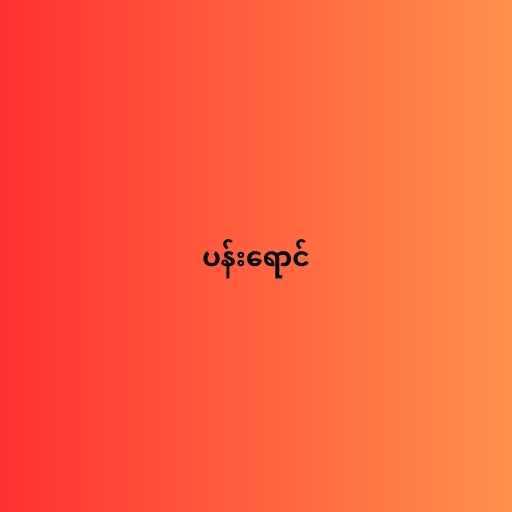
ပန်းရောင်